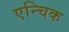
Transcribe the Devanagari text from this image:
एन्चिक